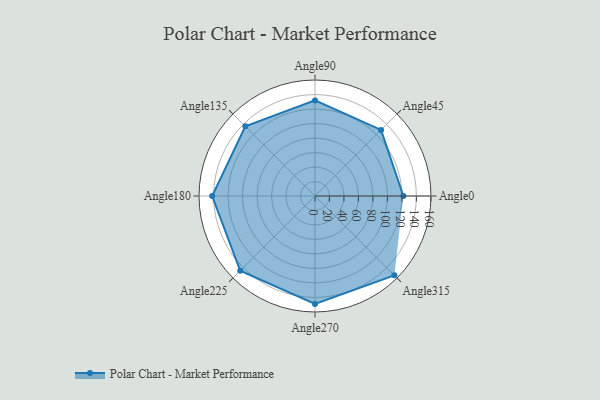
{"axis": {"x": "Angle", "y": "Radius"}, "legend": [""], "data": [{"x": "Angle0", "y": 122.0, "type": ""}, {"x": "Angle45", "y": 129.0, "type": ""}, {"x": "Angle90", "y": 132.0, "type": ""}, {"x": "Angle135", "y": 136.0, "type": ""}, {"x": "Angle180", "y": 142.0, "type": ""}, {"x": "Angle225", "y": 146.0, "type": ""}, {"x": "Angle270", "y": 149.0, "type": ""}, {"x": "Angle315", "y": 155.0, "type": ""}]}